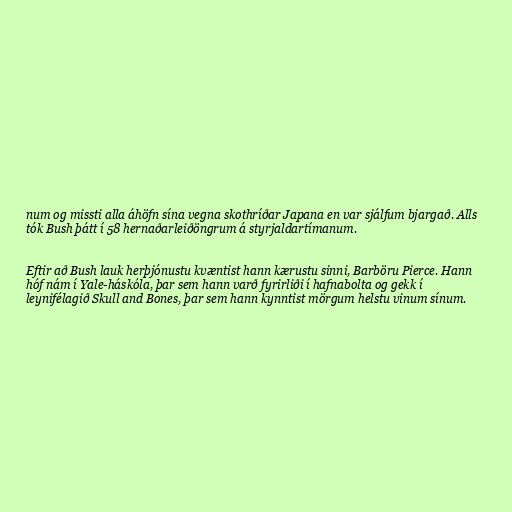
num og missti alla áhöfn sína vegna skothríðar Japana en var sjálfum bjargað. Alls
tók Bush þátt í 58 hernaðarleiðöngrum á styrjaldartímanum.

Eftir að Bush lauk herþjónustu kvæntist hann kærustu sinni, Barböru Pierce. Hann
hóf nám í Yale-háskóla, þar sem hann varð fyrirliði í hafnabolta og gekk í
leynifélagið Skull and Bones, þar sem hann kynntist mörgum helstu vinum sínum.